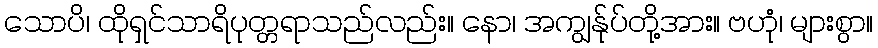
သောပိ၊ ထိုရှင်သာရိပုတ္တရာသည်လည်း။ နော၊ အကျွန်ုပ်တို့အား။ ဗဟုံ၊ များစွာ။